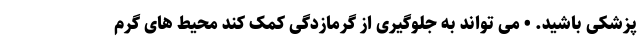
پزشکی باشید. • می تواند به جلوگیری از گرمازدگی کمک کند محیط های گرم